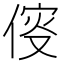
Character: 𠋢